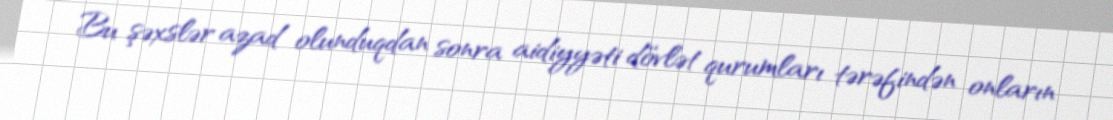
Bu şəxslər azad olunduqdan sonra aidiyyəti dövlət qurumları tərəfindən onların